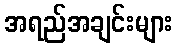
အရည်အချင်းများ